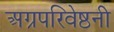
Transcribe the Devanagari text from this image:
अग्रपरिवेष्ठनी